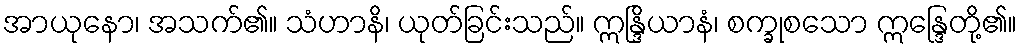
အာယုနော၊ အသက်၏။ သံဟာနိ၊ ယုတ်ခြင်းသည်။ ဣန္ဒြိယာနံ၊ စက္ခုစသော ဣန္ဒြေတို့၏။